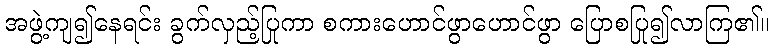
အဖွဲ့ကျ၍နေရင်း ခွက်လှည့်ပြုကာ စကားဟောင်ဖွာဟောင်ဖွာ ပြောစပြု၍လာကြ၏။